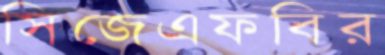
সিজেএফবির